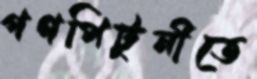
গণপিটুনীতে